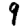
Digit: 9